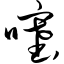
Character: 噻